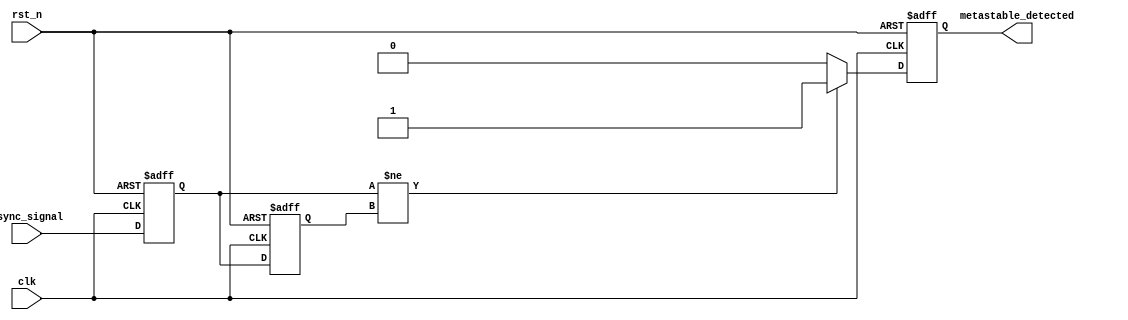
module metastability_detector (
    input wire clk,          // Clock signal
    input wire rst_n,       // Active low reset signal
    input wire async_signal, // Asynchronous input signal to monitor
    output reg metastable_detected // Output indication of metastability
);

    reg ff1;                // First flip-flop
    reg ff2;                // Second flip-flop
    reg ff1_prev;          // Previous state of ff1 for comparison

    // Sampling flip-flops
    always @(posedge clk or negedge rst_n) begin
        if (!rst_n) begin
            ff1 <= 1'b0;
            ff2 <= 1'b0;
        end else begin
            ff1 <= async_signal; // Sample the asynchronous signal
            ff2 <= ff1;          // Sample the output of ff1
        end
    end

    // Pulse generation logic
    always @(posedge clk or negedge rst_n) begin
        if (!rst_n) begin
            metastable_detected <= 1'b0;
            ff1_prev <= 1'b0;
        end else begin
            // Detect if ff1 and ff2 are different
            if (ff1 != ff2) begin
                metastable_detected <= 1'b1; // Indicate metastable condition
            end else begin
                metastable_detected <= 1'b0; // Clear indication
            end
            ff1_prev <= ff1; // Update previous state of ff1
        end
    end

endmodule